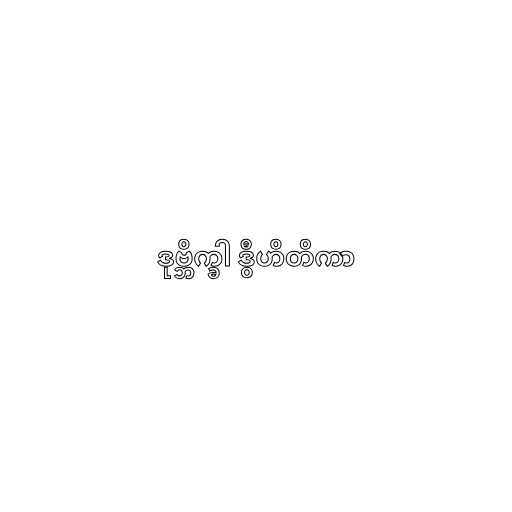
ဒုဗ္ဘိက္ခါ ဒွီဟိတိကာ